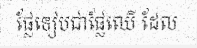
ផ្លែទៀបជាផ្លែឈើ ដែល